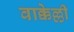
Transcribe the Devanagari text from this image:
वाक्केल्ली